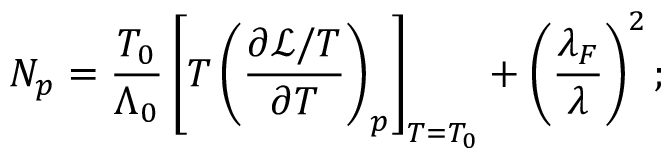
N _ { p } = \frac { T _ { 0 } } { \Lambda _ { 0 } } \left[ T \left( \frac { \partial \mathcal { L } / T } { \partial T } \right) _ { p } \right] _ { T = T _ { 0 } } + \left( \frac { \lambda _ { F } } { \lambda } \right) ^ { 2 } ;